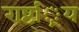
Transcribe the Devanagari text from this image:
राष्ट््रिय